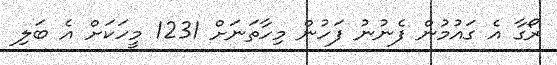
ރޯގާ އެ ގައުމުން ފެނުނު ފަހުން މިހާތަނަށް 1231 މީހަކަށް އެ ބަލި